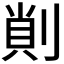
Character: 𠝿